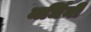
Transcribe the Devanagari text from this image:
मर्धिनी